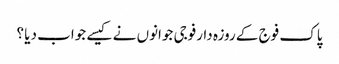
پاک فوج کے روزہ دارفوجی جوانوں نے کیسے جواب دیا ؟